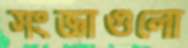
সংজ্ঞাগুলো